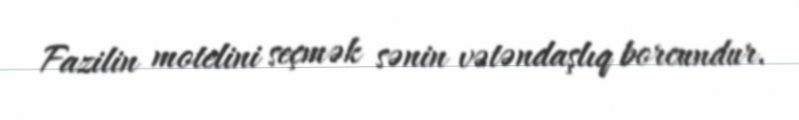
Fazilin motelini seçmək sənin vətəndaşlıq borcundur.